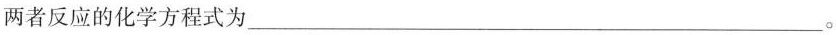
两者反应的化学方程式为___。